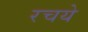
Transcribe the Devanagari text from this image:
रचये